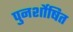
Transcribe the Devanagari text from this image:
पुनर्शोषित